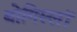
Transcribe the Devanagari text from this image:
बोगिस्लॉ